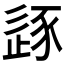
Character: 𰺼